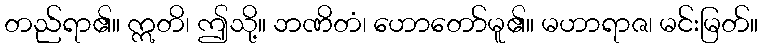
တည်ရာ၏။ ဣတိ၊ ဤသို့။ ဘဏိတံ၊ ဟောတော်မူ၏။ မဟာရာဇ၊ မင်းမြတ်။